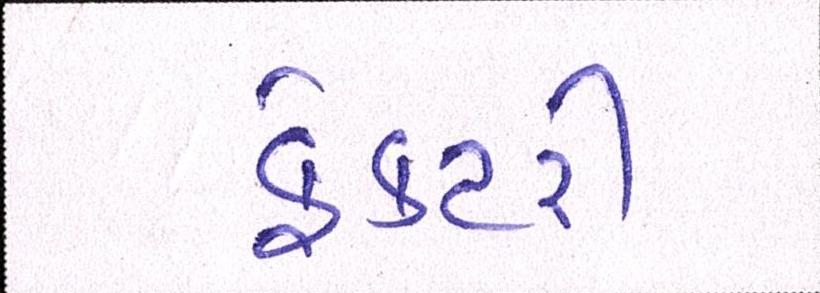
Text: ફેક્ટરી